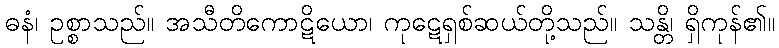
ဓနံ၊ ဥစ္စာသည်။ အသီတိကောဋိယော၊ ကုဋေရှစ်ဆယ်တို့သည်။ သန္တိ၊ ရှိကုန်၏။